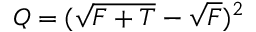
Q = ( { \sqrt { F + T } } - { \sqrt { F } } ) ^ { 2 }